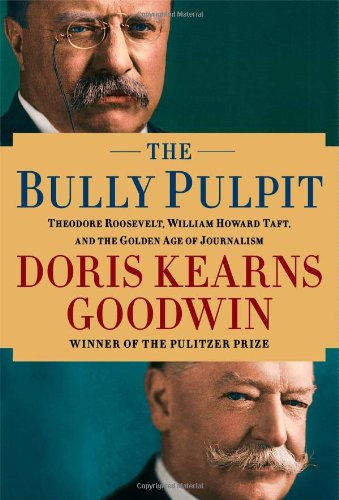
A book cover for The Bully Pulpit: Theodore Roosevelt, William Howard Taft, and the Golden Age of Journalism; Doris Kearns Goodwin; Biographies & Memoirs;